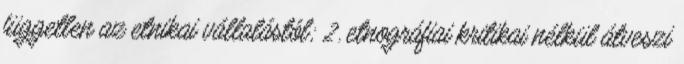
független az etnikai vállalástól; 2. etnográfiai kritikai nélkül átveszi